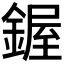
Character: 𫒷